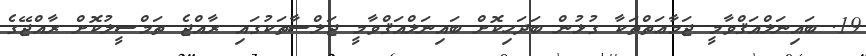
19. ބައިނަލްއަޤްވާމީ ޖަމާޢަތްތަކާ ގުޅުން ބަދަހިކޮށް ބައިނަލްއަޤްވާމީ ޖަލްސާތަކުގައި ރާއްޖެ ތަމްސީލުކޮށް ރާއްޖޭގެ